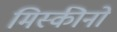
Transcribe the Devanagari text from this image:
मिस्कीनों